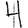
Digit: 4